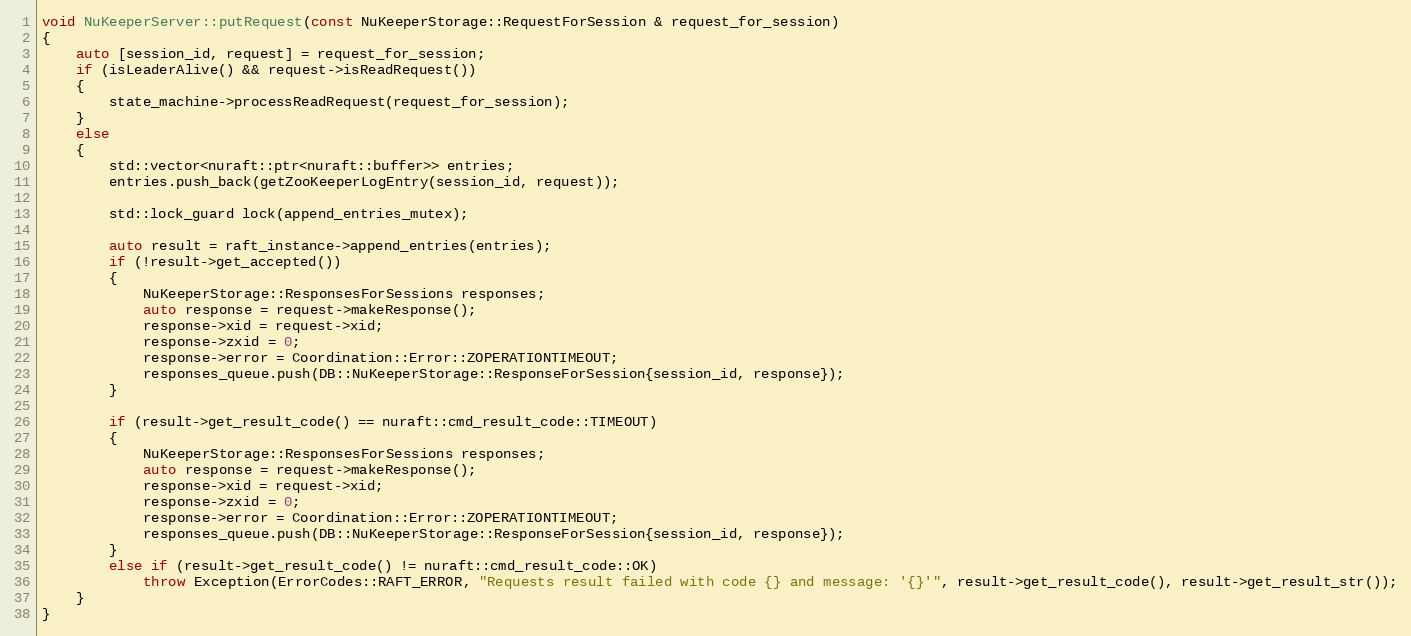
Language: C++
void NuKeeperServer::putRequest(const NuKeeperStorage::RequestForSession & request_for_session)
{
    auto [session_id, request] = request_for_session;
    if (isLeaderAlive() && request->isReadRequest())
    {
        state_machine->processReadRequest(request_for_session);
    }
    else
    {
        std::vector<nuraft::ptr<nuraft::buffer>> entries;
        entries.push_back(getZooKeeperLogEntry(session_id, request));

        std::lock_guard lock(append_entries_mutex);

        auto result = raft_instance->append_entries(entries);
        if (!result->get_accepted())
        {
            NuKeeperStorage::ResponsesForSessions responses;
            auto response = request->makeResponse();
            response->xid = request->xid;
            response->zxid = 0;
            response->error = Coordination::Error::ZOPERATIONTIMEOUT;
            responses_queue.push(DB::NuKeeperStorage::ResponseForSession{session_id, response});
        }

        if (result->get_result_code() == nuraft::cmd_result_code::TIMEOUT)
        {
            NuKeeperStorage::ResponsesForSessions responses;
            auto response = request->makeResponse();
            response->xid = request->xid;
            response->zxid = 0;
            response->error = Coordination::Error::ZOPERATIONTIMEOUT;
            responses_queue.push(DB::NuKeeperStorage::ResponseForSession{session_id, response});
        }
        else if (result->get_result_code() != nuraft::cmd_result_code::OK)
            throw Exception(ErrorCodes::RAFT_ERROR, "Requests result failed with code {} and message: '{}'", result->get_result_code(), result->get_result_str());
    }
}